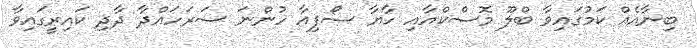
ބިނާއެއް ކަމުގައިވާ ބްލޫ މޮސްކްއާއި ހާޔާ ސޯފިއާ ހުންނަ ސަރަހައްދާ ދާދި ކައިރީގައިވާ